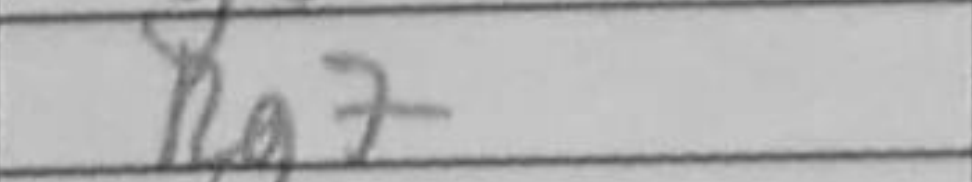
Transcription: Rg7